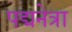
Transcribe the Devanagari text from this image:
पद्मनेत्रा